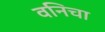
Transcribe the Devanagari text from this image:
वनिचा